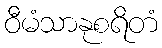
ဝီမံသာနုစရိတံ